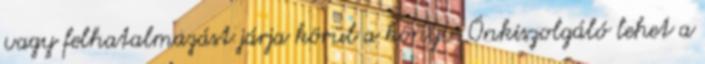
vagy felhatalmazást járja körül a könyv. Önkiszolgáló lehet a